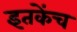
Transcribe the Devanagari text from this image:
इतकेंच